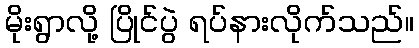
မိုးရွာလို့ ပြိုင်ပွဲ ရပ်နားလိုက်သည်။